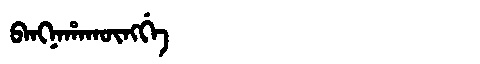
Manchu: ᠪᠠᠩᠨᠠᡥᠠᡴᡡᠩᡤᡝ
Romanization: BANGNAHAKŪNGGE